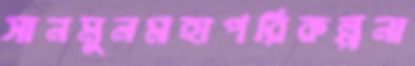
সানমুনমহাপরিকল্পনা